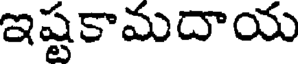
ఇష్టకామదాయ